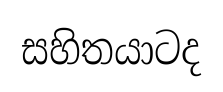
සහිතයාටද